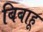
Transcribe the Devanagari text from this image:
बिबाहू